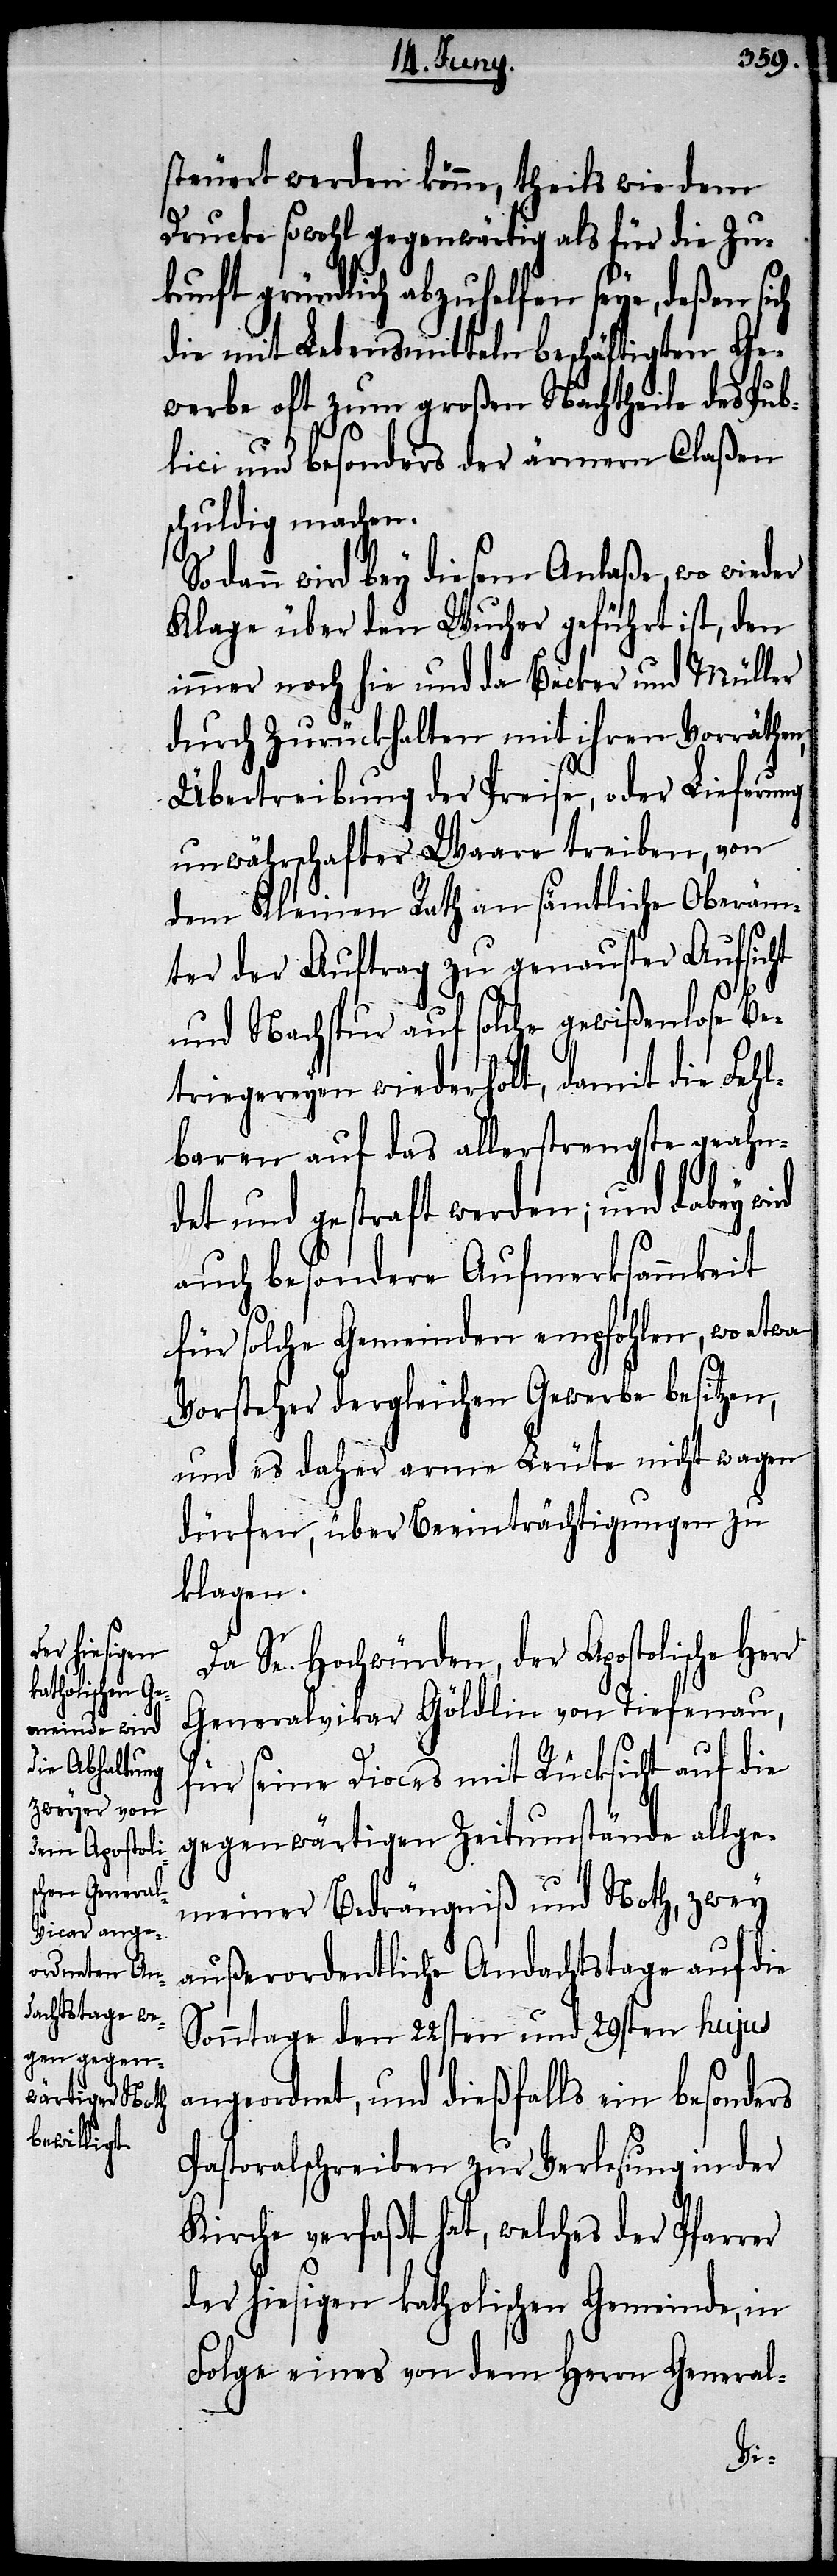
steuert werden könne, theils wie dem
Drucke sowohl gegenwärtig als für die Zu¬
kunft gründlich abzuhelfen seye, deßen sich
die mit Lebensmitteln beschäftigten Ge¬
werbe oft zum großen Nachtheile des Pub¬
lici und besonders der ärmern Claßen
schuldig machen.
Sodann wird bey diesem Anlaße, wo wieder
Klage über den Wucher geführt ist, den
immer noch hie und da Becker und Müller
durch Zurückhalten mit ihren Vorräthen,
Übertreibung der Preise, oder Lieferung
unwährschafter Waare treiben, von
dem Kleinen Rath an sämtliche Oberäm¬
ter der Auftrag zu genauster Aufsicht
und Nachspur auf solche gewißenlose Be¬
triegereyen wiederholt, damit die Fehl¬
baren auf das allerstrengste geahn¬
det und gestraft werden; und dabey
auch besondere Aufmerksamkeit
für solche Gemeinden empfohlen, wo etwa
Vorsteher dergleichen Gewerbe besitzen,
und es daher arme Leute nicht wagen
dürfen, über Beeinträchtigungen zu
klagen.
Da Se. Hochwürden, der Apostolische Herr
Generalvikar Göldlin von Tiefenau,
für seine Dioces mit Rücksicht auf die
gegenwärtigen Zeitumstände allge¬
meiner Bedrängniß und Noth, zwey
außerordentliche Andachtstage auf die
Sonntage den 22sten und 29sten hujus
angeordnet, und dießfalls ein besonders
Pastoralschreiben zur Verlesung in der
Kirche verfaßt hat, welches der Pfarrer
der hiesigen katholischen Gemeinde, in
Folge eines von dem Herrn General-